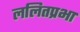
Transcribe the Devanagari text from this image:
ललितप्रभा